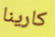
كارينا